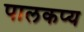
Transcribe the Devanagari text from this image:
पालकप्य